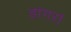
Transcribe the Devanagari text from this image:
डांगरां